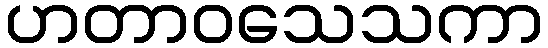
ဟတာဝသေသကာ